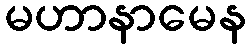
မဟာနာမေန